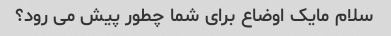
سلام مایک اوضاع برای شما چطور پیش می رود؟